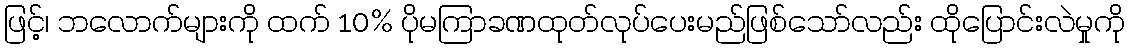
ဖြင့်၊ ဘလောက်များကို ထက် 10% ပိုမကြာခဏထုတ်လုပ်ပေးမည်ဖြစ်သော်လည်း ထိုပြောင်းလဲမှုကို